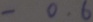
- 0 . 6